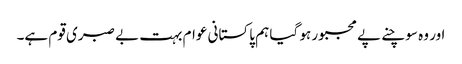
اور وہ سوچنے پے مجبور ہو گیا ہم پاکستانی عوام بہت بے صبری قوم ہے۔